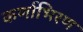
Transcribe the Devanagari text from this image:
कर्णाभिरण